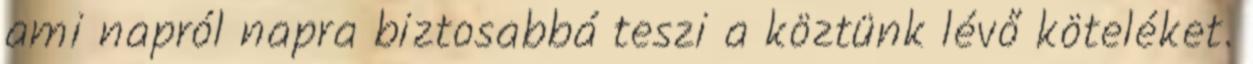
ami napról napra biztosabbá teszi a köztünk lévő köteléket.